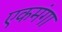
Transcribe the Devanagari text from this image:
एकमंगा